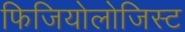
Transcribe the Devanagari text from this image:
फिजियोलोजिस्ट